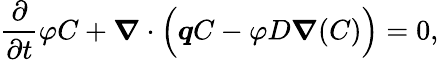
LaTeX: \frac{\partial}{\partial t}\varphi C+{\boldsymbol{\nabla}}\cdot\Big({\boldsymbol{q}}C-\varphi D{\boldsymbol{\nabla}}(C)\Big)=0,